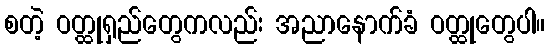
စတဲ့ ဝတ္ထုရှည်တွေကလည်း အညာနောက်ခံ ဝတ္ထုတွေပါ။